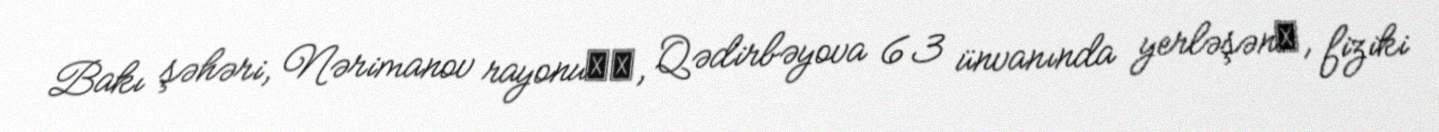
Bakı şəhəri, Nərimanov rayonu‎‎, Qədirbəyova 63 ünvanında yerləşən‎, fiziki